Report on vaccination North-West Frontier Province 1904-1922 - 1904-1922
Year: 1904
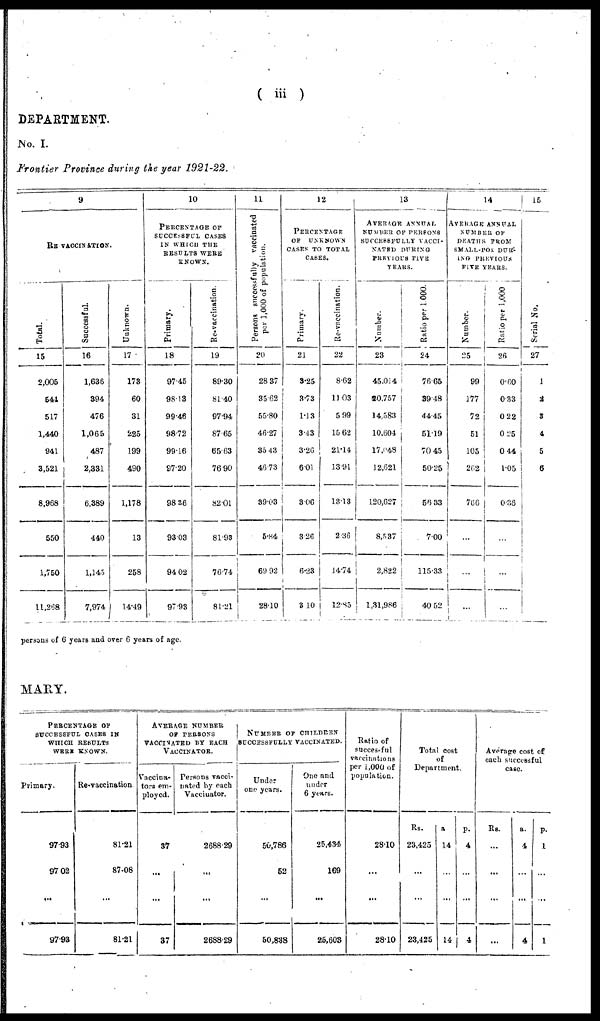
( iii )
DEPARTMENT.
No. I.
Frontier Province during the year 1921-22.
9
RE-VACCINATION.
Total.
15
2,005
544
517
1,440
941
3,521
8,968
550
1,750
11,268
Successful.
16
1,636
394
476
1,065
487
2,331
6,389
440
1,145
7,974
Unknown.
17
173
60
31
225
199
490
1,178
13
258
14.49
10
PERCENTAGE OF
SUCCESSFUL CASES
IN WHICH THE
RESULTS WERE
KNOWN.
Primary.
18
97.45
98.13
99.46
98.72
99.16
97.20
98.36
93.03
94.02
97.93
Re-vaccination.
19
89.30
81.40
97.94
87.65
65.63
76.90
82.01
81.93
76.74
81.21
11
Persons successfully vaccinated
per 1,000 of population.
20
28.37
35.62
55.80
46.27
35.43
46.73
39.03
5.84
69.92
28.10
12
PERCENTAGE
OF UNKNOWN
CASES TO TOTAL
CASES.
Primary.
21
3.25
3.73
1.13
3.43
3.26
6.01
3.06
3.26
6.23
3.10
Re-vaccination.
22
8.62
11.03
5.99
15.62
21.14
13.91
13.13
2.36
14.74
12.85
13
AVERAGE ANNUAL
NUMBER OF PERSONS
SUCCESSFULLY VACCI-
NATED DURING
PERVIOUS FIVE
YEARS.
Number.
23
45,014
20,757
14,583
10,604
17,048
12,621
120,627
8,537
2,822
1,31,986
Ratio per 1,000.
24
76.65
39.48
44.45
51.19
70.45
50.25
56.33
7.00
115.33
40.52
14
AVERAGE ANNUAL
NUMBER OF
DEATHS FROM
SMALL-POX DUR-
ING PREVIOUS
FIVE YEARS.
Number.
25
99
177
72
51
105
262
766
...
...
...
Ratio per 1,000
26
0.60
0.33
0.22
0.25
0.44
1.05
0.36
...
...
...
15
Serial No.
27
1
2
3
4
5
6
persons of 6 years and over 6 years of age.
MARY.
PERCENTAGE OF
SUCCESSFUL CASES IN
WHICH RESULTS
WERE KNOWN.
Primary.
97.93
97.02
...
97.93
Re-vaccination
81.21
87.08
...
81.21
AVERAGE NUMBER
OF PERSONS
VACCINATED BY EACH
VACCINATOR.
Vaccina-
tors em-
ployed.
37
...
...
37
Persons vacci-
nated by each
Vaccinator.
2688.29
...
...
2688.29
NUMBER OF CHILDREN
SUCCESSFULLY VACCINATED.
Under
one years.
50,786
52
...
50,838
One and
under
6 years.
25,434
169
...
25,603
Ratio of
successful
vaccinations
per 1,000 of
population.
28.10
...
...
28.10
Total cost
of
Department.
Rs.
23,425
...
...
23,425
a
14
...
...
14
p.
4
...
...
4
Average cost of
each successful
case.
Rs.
...
...
...
...
a.
4
...
...
4
p.
1
...
...
1